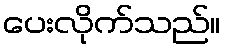
ပေးလိုက်သည်။